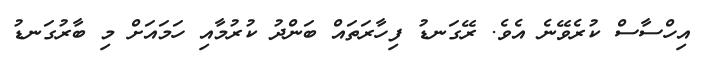
އިހްސާސް ކުރެވޭނެ އެވެ. ރޭގަނޑު ފިހާރަތައް ބަންދު ކުރުމާއި ހަމައަށް މި ބާރުގަނޑު